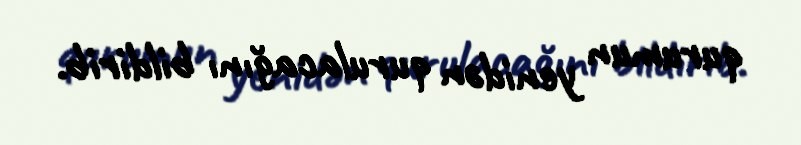
qurumun yenidən qurulacağını bildirib.